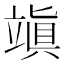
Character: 𥪧